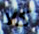
كلا